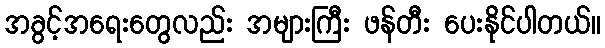
အခွင့်အရေးတွေလည်း အများကြီး ဖန်တီး ပေးနိုင်ပါတယ်။